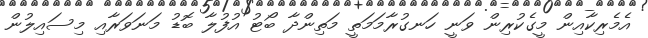
އެމެރިކާއިން މީގެކުރިން ވަނީ ހަނގުރާމަމަތީ މަތިންދާ ބޯޓު އުފުލާ ބޮޑު މަނަވަރާއި މިސައިލުން